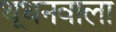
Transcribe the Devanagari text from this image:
थूथनवाला